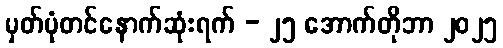
မှတ်ပုံတင်နောက်ဆုံးရက် - ၂၅ အောက်တိုဘာ ၂၀၂၅